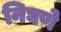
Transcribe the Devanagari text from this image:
निघणे